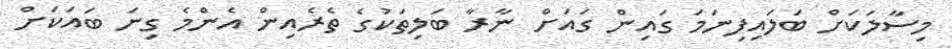
މިސާލަކަށް ބަލައިފިނަމަ ގައިން ގައަށް ނާރާ ބަލިތަކުގެ ތެރެއިން އެންމެ ގިނަ ބައަކަށް